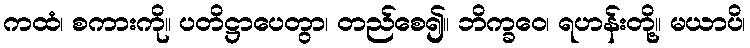
ကထံ၊ စကားကို။ ပတိဋ္ဌာပေတွာ၊ တည်စေ၍။ ဘိက္ခဝေ၊ ရဟန်းတို့။ မယာပိ၊